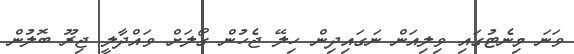
ވަނަ މިނެޓުގައި ވިލިއަން ނަގައިދިން ހިލޭ ޖެހުން ގޯލަށް ވައްދާލީ ޖިރޫ ބޮލުން